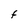
Character: F